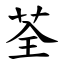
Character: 荃